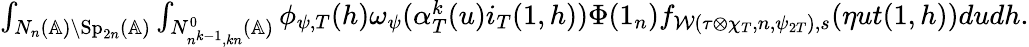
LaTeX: \begin{array}{r}{\int_{N_{n}(\mathbb{A})\backslash\mathrm{Sp}_{2n}(\mathbb{A})}\int_{N_{n^{k-1},kn}^{0}(\mathbb{A})}\phi_{\psi,T}(h)\omega_{\psi}(\alpha_{T}^{k}(u)i_{T}(1,h))\Phi(1_{n})f_{\mathcal{W}(\tau\otimes\chi_{T},n,\psi_{2T}),s}(\eta ut(1,h))dudh.}\end{array}